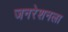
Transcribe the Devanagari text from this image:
जनरेशनला